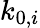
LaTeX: k_{0,i}